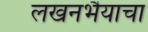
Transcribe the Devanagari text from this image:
लखनभैयाचा